Madras plague regulations in force outside the Presidency town - Volume 5
Disease focus: Plague
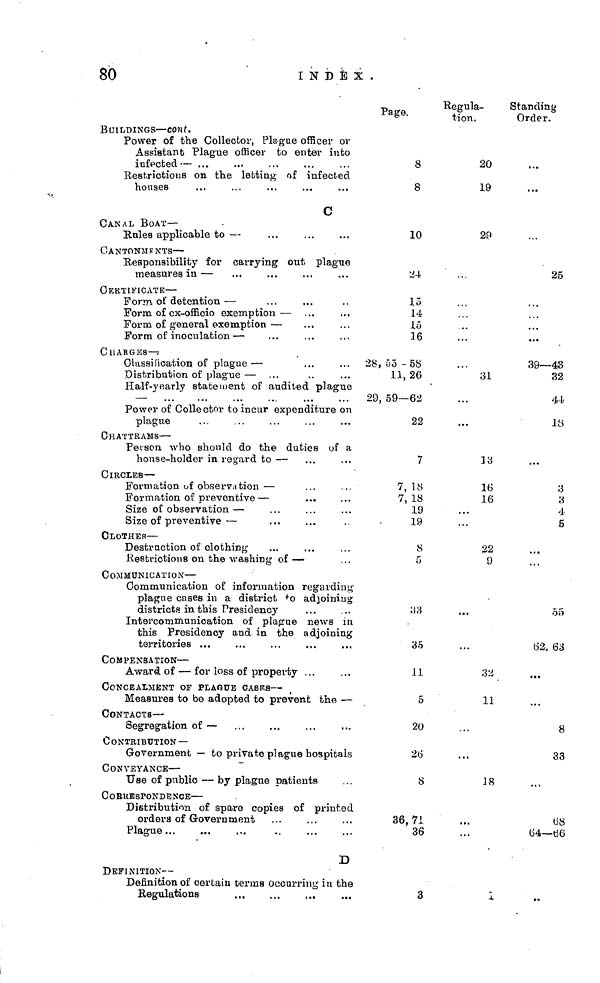
80
INDEX.
BUILDINGS — cont.
Power of the Collector, Plague officer or
Assistant Plague officer to enter into
infected —
Restrictions on the letting of infected
houses
C
CANAL BOAT —
Rules applicable to —
CANTONMENTS —
Responsibility for carrying out, plague
measures in —
CERTIFICATE —
Form of detention —
Form of cx-officio exemption —
Form of general exemption —
Form of inoculation —
CHARGES—
Classification of plague —
Distribution of plague —
Half-yearly statement of audited plague
—
Power of Collector to incur expenditure on
plague
CHATTRAMS —
Person who should do the duties of a
house-holder in regard to —
CIRCLES—
Formation of observation —
Formation of preventive —
Size of observation —
Size of preventive —
CLOTHES —
Destruction of clothing
Restrictions on the washing of —
COMMUNICATION —
Communication of information regarding
plague cases in a district to adjoining
districts in this Presidency
Intercommunication of plague news in
this Presidency and in the adjoining
territories
COMPENSATION —
Award of — for loss of property
CONCEALMENT OF PLAQUE CASEs—
Measures to be adopted to prevent the —
CONTACTS —
Segregation of —
CONTRIBUTION —
Government — to private plague hospitals
CONVEYANCE —
Use of public — by plague patients
CORRESPONDENCE —
Distribution of spare copies of printed
orders of Government
Plague
D
DEFINITION —
Definition of certain terms occurring in the
Page.
8
8
10
24
15
14
15
16
28, 55 - 58
11, 26
29, 59—62
22
7
7, 18
7, 18
19
19
8
5
33
35
11
5
20
26
8
36.71
36
3
Regula-
tion,
20
19
29
31
13
16
16
22
9
32
11
18
A
Standing
Order.
25
39—43
32
44
18
3
3
4
5
55
62, 63
8
33
68
64—66